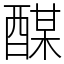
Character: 䤂